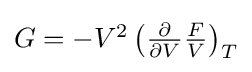
{\textstyle G=-V^{2}\left({\frac {\partial }{\partial V}}{\frac {F}{V}}\right)_{T}}